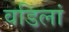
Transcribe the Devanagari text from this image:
वडिलां